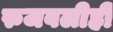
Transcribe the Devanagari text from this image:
रुजवलीही